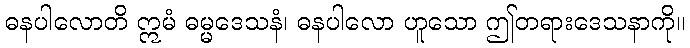
ဓနပါလောတိ ဣမံ ဓမ္မဒေသနံ၊ ဓနပါလော ဟူသော ဤတရားဒေသနာကို။